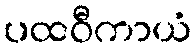
ပထဝီကာယံ